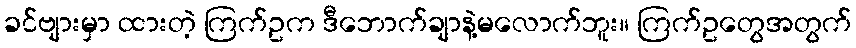
ခင်ဗျားမှာ ထားတဲ့ ကြက်ဥက ဒီဘောက်ချာနဲ့မလောက်ဘူး။ ကြက်ဥတွေအတွက်